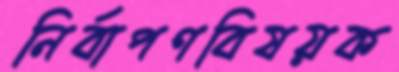
নির্বাপণবিষয়ক